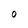
Character: O